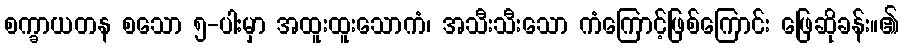
စက္ခာယတန စသော ၅-ပါးမှာ အထူးထူးသောကံ၊ အသီးသီးသော ကံကြောင့်ဖြစ်ကြောင်း ဖြေဆိုခန်း။၏